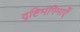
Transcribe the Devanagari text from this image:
दृष्टिभंगिमाएँ